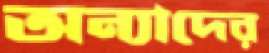
অন্যাদের